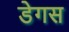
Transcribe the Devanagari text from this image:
डेगस